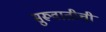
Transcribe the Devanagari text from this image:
सुरूवातीची